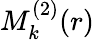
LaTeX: M_{k}^{(2)}(r)